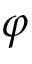
\varphi